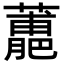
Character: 𧁳